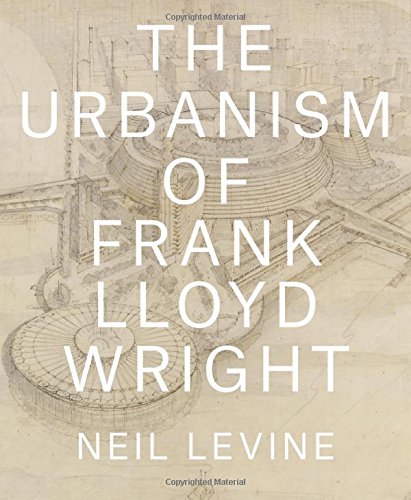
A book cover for The Urbanism of Frank Lloyd Wright; Neil Levine; Arts & Photography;